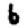
Digit: 6